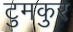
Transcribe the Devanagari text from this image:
टुमकुर